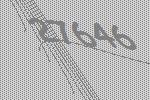
27646